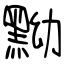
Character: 黝